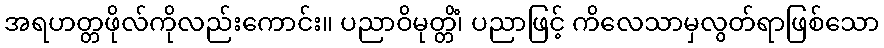
အရဟတ္တဖိုလ်ကိုလည်းကောင်း။ ပညာဝိမုတ္တိံ၊ ပညာဖြင့် ကိလေသာမှလွတ်ရာဖြစ်သော